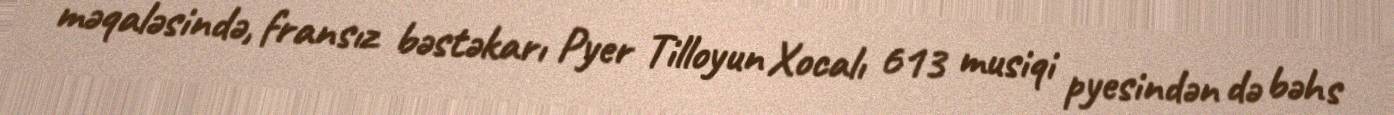
məqaləsində, fransız bəstəkarı Pyer Tilloyun Xocalı 613 musiqi pyesindən də bəhs